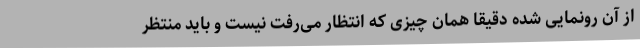
از آن رونمایی شده دقیقاً همان چیزی که انتظار می‌رفت نیست و باید منتظر